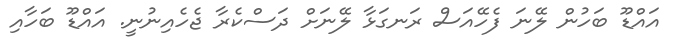
އައްޑޫ ބަހުން ލޭނަ ފެހޭއަސް ރަނގަޅާ ލޭނަށް ދަސްކެރާ ޖެހެއިނުނީ. އައްޑޫ ބަހާއި